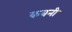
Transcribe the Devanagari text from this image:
कबनी